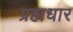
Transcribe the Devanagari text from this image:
ग्रहाधार